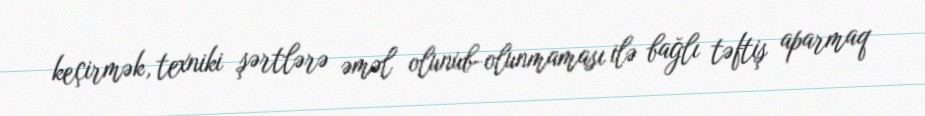
keçirmək, texniki şərtlərə əməl olunub-olunmaması ilə bağlı təftiş aparmaq